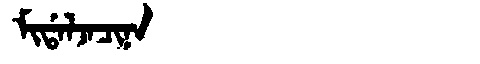
Manchu: ᠮᡳᡩᠠᠯᠵᠠᠴᡳᠨᠠ
Romanization: MIDALJACINA